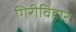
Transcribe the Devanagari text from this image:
गिरीविहार